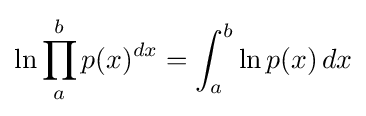
\ln \prod _{a}^{b}p(x)^{dx}=\int _{a}^{b}\ln p(x)\,dx